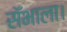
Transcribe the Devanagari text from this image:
सॅभाला।